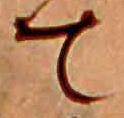
て